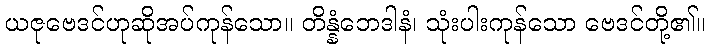
ယဇုဗေဒင်ဟုဆိုအပ်ကုန်သော။ တိန္နံဘေဒါနံ၊ သုံးပါးကုန်သော ဗေဒင်တို့၏။